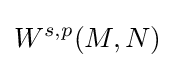
W^{s,p}(M,N)